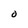
Character: O